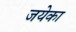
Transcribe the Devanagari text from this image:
जयेका